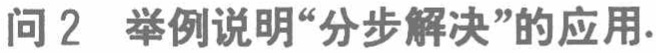
问 2 举例说明“分步解决”的应用.